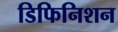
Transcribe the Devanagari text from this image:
डिफिनिशन